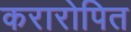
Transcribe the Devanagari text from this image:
करारोपित